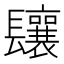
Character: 𨳃